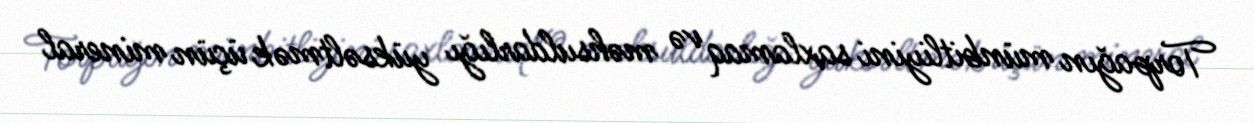
Torpağın münbitliyini saxlamaq və məhsuldarlığı yüksəltmək üçün mineral